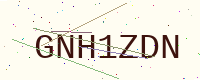
Text: GNH1ZDN